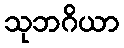
သုဘဂိယာ